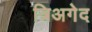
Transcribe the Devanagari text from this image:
त्रिअगेद